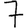
Digit: 7